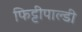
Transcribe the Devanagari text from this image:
फिट्टीपाल्डी